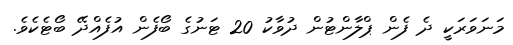
މަނަވަރަކީ ދެ ފެން ޕްލާންޓުން ދުވާކު 20 ޓަނުގެ ބޯފެން އުފެއްދޭ ބޯޓެކެވެ.